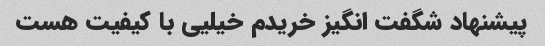
پیشنهاد شگفت انگیز خریدم خیلیی با کیفیت هست